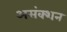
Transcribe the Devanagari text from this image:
असंक्शन